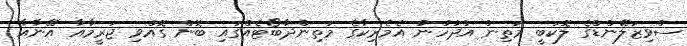
ސްވިޒަލޭންޑްގެ ލޮކަބީ މަތިން އުދުހުނު އެމެރިކާގެ މަތިންދާބޯޓެއްގައި ބޮން ގޮއްވި ޖަރީމާއާ އޭނާއާ